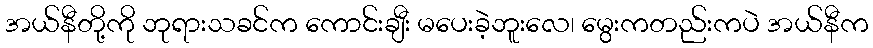
အယ်နီတို့ကို ဘုရားသခင်က ကောင်းချီး မပေးခဲ့ဘူးလေ၊ မွေးကတည်းကပဲ အယ်နီက